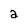
Character: a